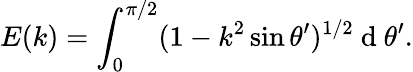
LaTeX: E(k)=\int_{0}^{\pi/2}(1-k^{2}\sin\theta^{\prime})^{1/2}\mathrm{~d~}\theta^{\prime}.